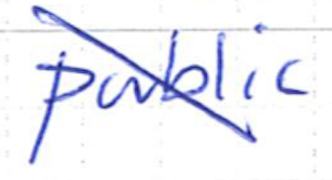
Text: public
Cross-out: diagonal
Writing tool: ballpoint